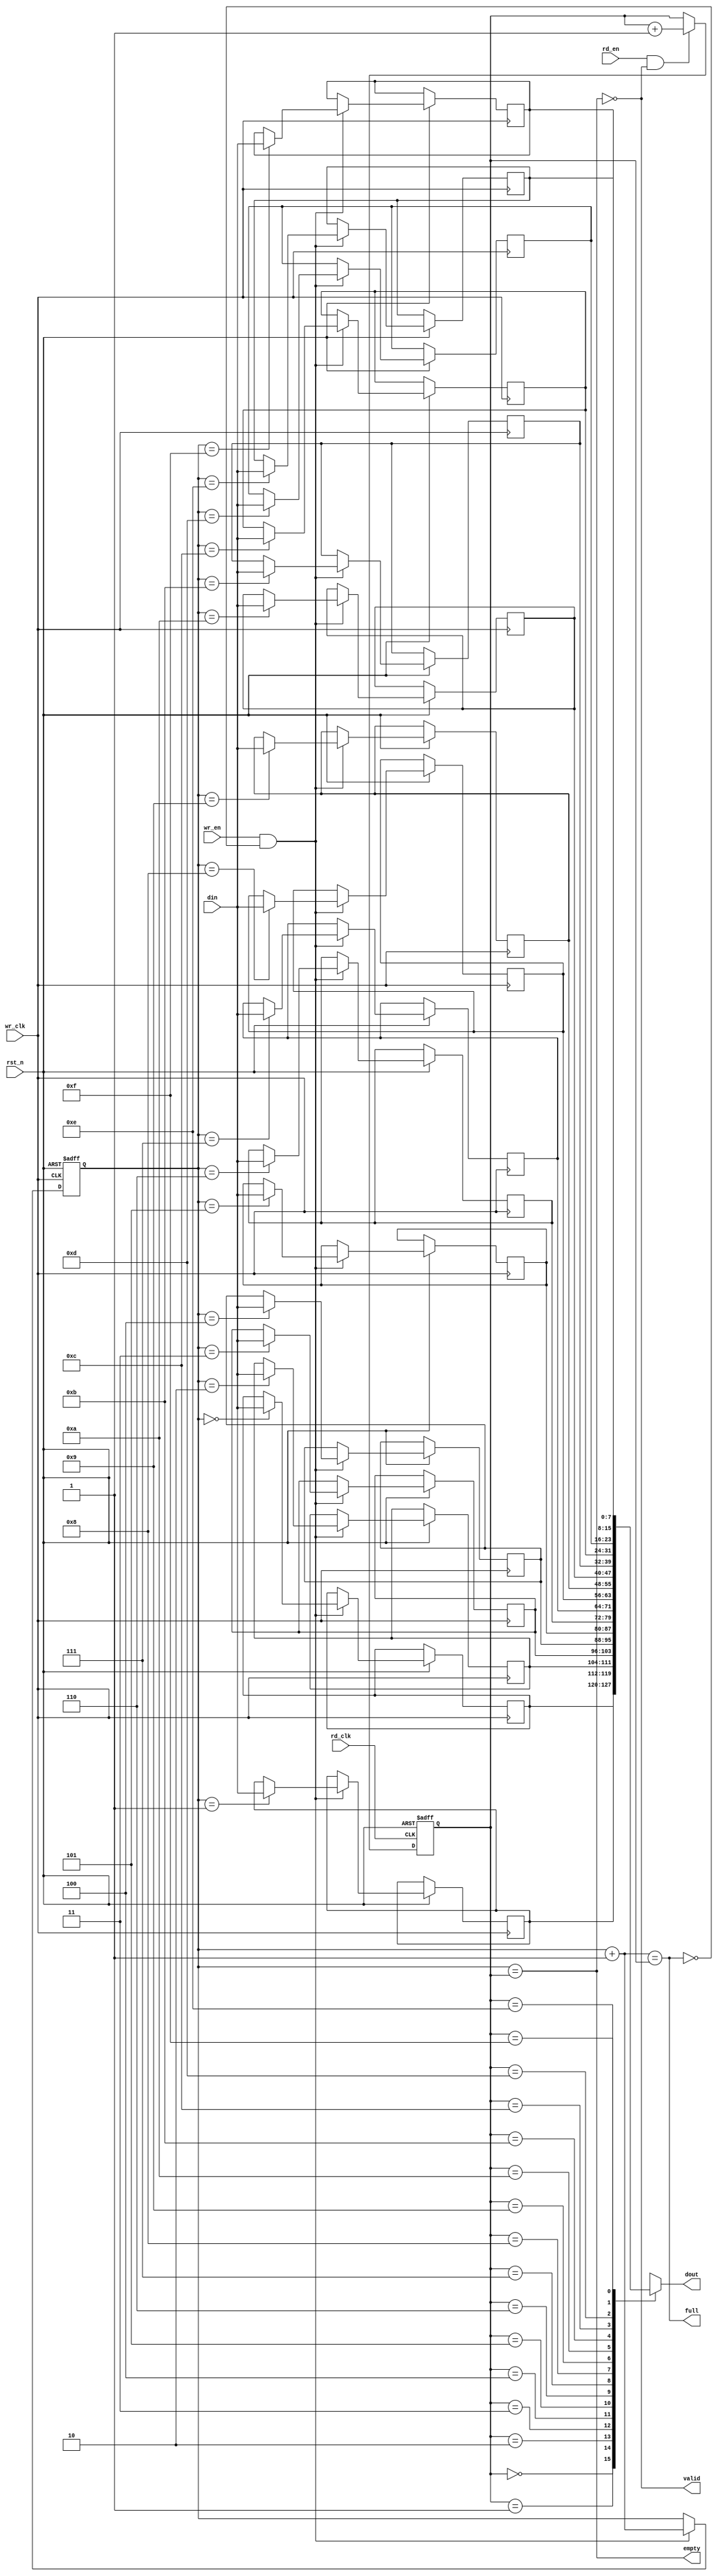
module async_fifo #(
    parameter DATA_WIDTH = 8,  // Width of data
    parameter FIFO_DEPTH = 16   // Depth of FIFO (must be a power of 2)
)(
    input wire wr_clk,                // Write clock
    input wire rd_clk,                // Read clock
    input wire rst_n,                 // Asynchronous reset (active low)
    input wire wr_en,                 // Write enable
    input wire rd_en,                 // Read enable
    input wire [DATA_WIDTH-1:0] din,  // Data input
    output wire [DATA_WIDTH-1:0] dout, // Data output
    output wire full,                 // FIFO full flag
    output wire empty,                // FIFO empty flag
    output wire valid                 // Data valid signal
);

    // Address width calculation
    localparam ADDR_WIDTH = $clog2(FIFO_DEPTH);
    
    // Memory array declaration
    reg [DATA_WIDTH-1:0] fifo_mem [0:FIFO_DEPTH-1];
    
    // Pointer registers
    reg [ADDR_WIDTH-1:0] wr_ptr = 0;
    reg [ADDR_WIDTH-1:0] rd_ptr = 0;

    // Pointer synchronization
    reg [ADDR_WIDTH-1:0] wr_ptr_sync;
    reg [ADDR_WIDTH-1:0] rd_ptr_sync;

    // Full and empty flags
    assign full = (wr_ptr + 1'b1 == rd_ptr);
    assign empty = (wr_ptr == rd_ptr);
    
    // Data output and valid signal
    assign dout = fifo_mem[rd_ptr];
    assign valid = !empty;

    // Write operation
    always @(posedge wr_clk or negedge rst_n) begin
        if (!rst_n) begin
            wr_ptr <= 0;
        end else if (wr_en && !full) begin
            fifo_mem[wr_ptr] <= din;  // Write data to FIFO
            wr_ptr <= wr_ptr + 1'b1;  // Increment write pointer
        end
    end

    // Read operation
    always @(posedge rd_clk or negedge rst_n) begin
        if (!rst_n) begin
            rd_ptr <= 0;
        end else if (rd_en && !empty) begin
            rd_ptr <= rd_ptr + 1'b1;  // Increment read pointer
        end
    end

    // Synchronizing write pointer to read clock domain
    always @(posedge rd_clk or negedge rst_n) begin
        if (!rst_n) begin
            wr_ptr_sync <= 0;
        end else begin
            wr_ptr_sync <= wr_ptr;  // Synchronize write pointer
        end
    end

    // Synchronizing read pointer to write clock domain
    always @(posedge wr_clk or negedge rst_n) begin
        if (!rst_n) begin
            rd_ptr_sync <= 0;
        end else begin
            rd_ptr_sync <= rd_ptr;  // Synchronize read pointer
        end
    end

endmodule